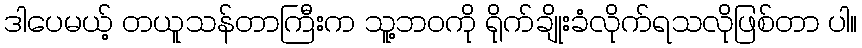
ဒါပေမယ့် တယူသန်တာကြီးက သူ့ဘဝကို ရိုက်ချိုးခံလိုက်ရသလိုဖြစ်တာ ပါ။